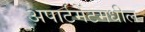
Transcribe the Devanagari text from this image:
अपार्टमेंटमधील